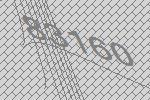
83160